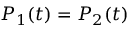
P _ { 1 } ( t ) = P _ { 2 } ( t )